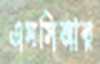
এসসিআর